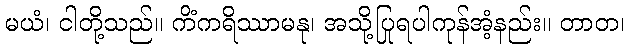
မယံ၊ ငါတို့သည်။ ကိံကရိဿာမနု၊ အသို့ပြုရပါကုန်အံ့နည်း။ တာတ၊